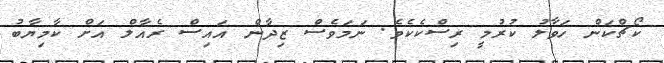
ކޯޗްކަން ހަވާލު ކުރުމީ ރިސްކެކެވެ. ނަމަވެސް ޒިދާން އައިސް ރެއާލް އަށް ކާމިޔާބު